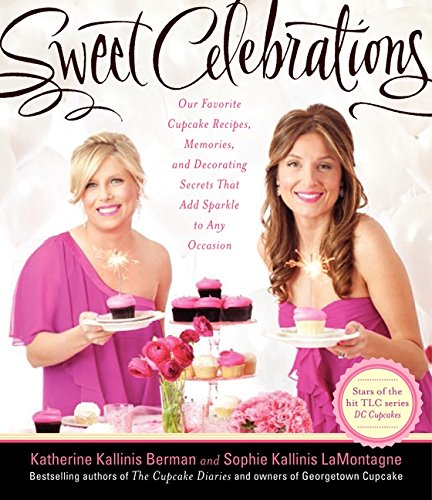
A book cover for Sweet Celebrations: Our Favorite Cupcake Recipes, Memories, and Decorating Secrets That Add Sparkle to Any Occasion; Katherine Kallinis Berman; Cookbooks, Food & Wine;